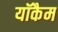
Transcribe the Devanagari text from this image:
यॉकैम